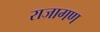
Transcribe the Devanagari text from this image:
राजागण